Civil Veterinary Dept. Bombay admin report 1907-1913 - 1907-1913
Year: 1907
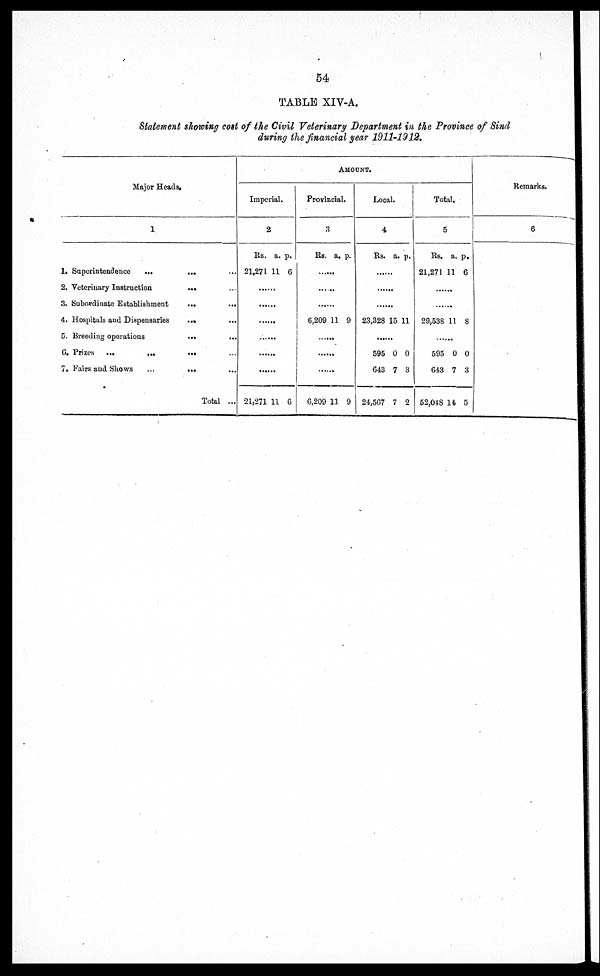
54
TABLE XIV-A.
Statement showing cost of the Civil Veterinary Department in the Province of Sind
during the financial year 1911-1912.
Major Heads.
1
1. Superintendence
...
...
2. Veterinary Instruction
... ...
3. Subordinate Establishment
...
...
4. Hospitals and Dispensaries
...
...
5. Breeding operations
...
...
G. Prizes ... ... ... ...
7. Fairs and Shows
...
... ...
Total ...
AMOUNT.
Imperial.
2
Rs.
21,271
......
......
......
......
......
......
21,271
a.
11
11
p.
6
6
Provincial.
3
Rs.
......
......
......
6,209
......
......
......
6,209
a.
11
11
p.
9
9
Local.
4
Rs.
......
......
......
23,328
......
595
643
24,567
a.
15
0
7
7
p.
11
0
3
2
Total.
5
Rs.
21,271
......
......
29,538
......
595
643
52,048
a.
11
11
0
7
14
p.
6
8
0
3
5
Remarks.
6